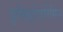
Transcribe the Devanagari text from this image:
इलैक्ट्रोफोरेसिस